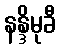
နန္ဒိမုခီ